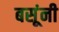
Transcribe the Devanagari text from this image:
बसूंनी